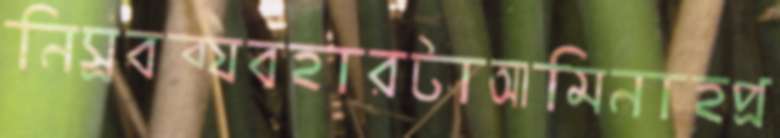
নিস্রবব্যবহারটাআমিনাহপ্র